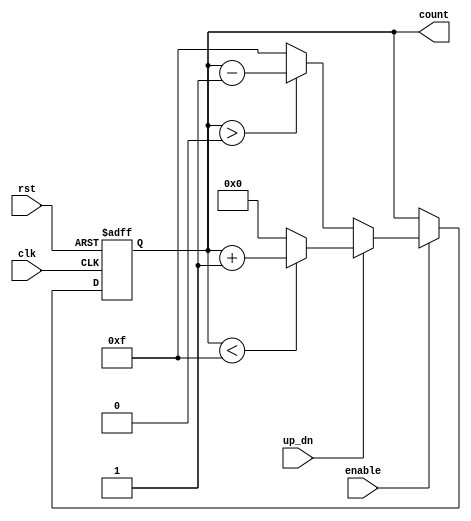
module up_down_counter (
    input wire clk,        // Clock signal
    input wire rst,        // Asynchronous reset
    input wire up_dn,      // Up/Down control signal
    input wire enable,     // Enable counting
    output reg [3:0] count // 4-bit count output (adjust width as necessary)
);

    // Parameter for maximum count value
    parameter MAX_COUNT = 4'b1111; // Maximum count value (for 4-bit counter)

    // Asynchronous reset behavior
    always @(posedge clk or posedge rst) begin
        if (rst) begin
            count <= 4'b0000; // Reset count to zero
        end else if (enable) begin
            if (up_dn) begin
                // Count up
                if (count < MAX_COUNT) begin
                    count <= count + 1;
                end else begin
                    count <= 4'b0000; // Wrap around to zero
                end
            end else begin
                // Count down
                if (count > 0) begin
                    count <= count - 1;
                end else begin
                    count <= MAX_COUNT; // Wrap around to maximum value
                end
            end
        end
    end

endmodule